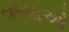
ઋચાઓ